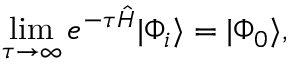
\operatorname* { l i m } _ { \tau \to \infty } e ^ { - \tau \hat { H } } | \Phi _ { i } \rangle = | \Phi _ { 0 } \rangle ,